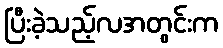
ပြီးခဲ့သည့်လအတွင်းက